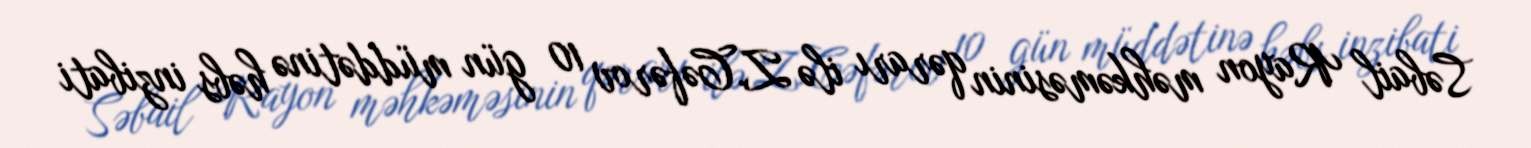
Səbail Rayon məhkəməsinin qərarı ilə Z.Cəfərov 10 gün müddətinə həbs inzibati